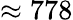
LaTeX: \approx 778